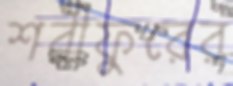
শরীফুরের